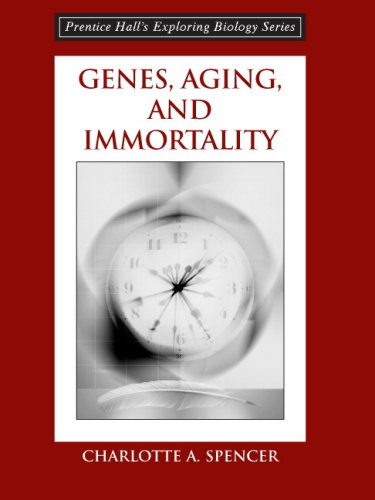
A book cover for Genes, Aging and Immortality; Charlotte A. Spencer; Computers & Technology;